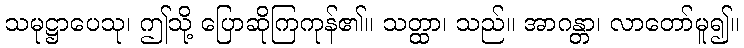
သမုဋ္ဌာပေသု၊ ဤသို့ ပြောဆိုကြကုန်၏။ သတ္ထာ၊ သည်။ အာဂန္တာ၊ လာတော်မူ၍။